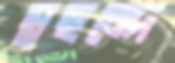
স্বছন্দে